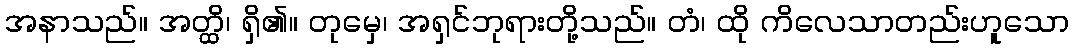
အနာသည်။ အတ္ထိ၊ ရှိ၏။ တုမှေ၊ အရှင်ဘုရားတို့သည်။ တံ၊ ထို ကိလေသာတည်းဟူသော